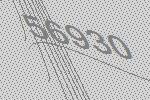
56930